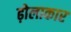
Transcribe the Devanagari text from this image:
ढ़ोलाकार